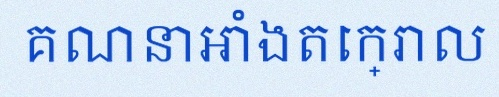
គណនាអាំងតេក្រាល